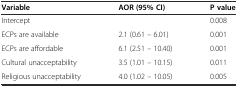
| Variable | AOR (95% CI) | P value |
 | --- | --- | --- |
 | Intercept |  | 0.008 |
 | ECPs are available | 2.1 (0.61 – 6.01) | 0.001 |
 | ECPs are affordable | 6.1 (2.51 – 10.40) | 0.001 |
 | Cultural unacceptability | 3.5 (1.01 – 10.15) | 0.011 |
 | Religious unacceptability | 4.0 (1.02 – 10.05) | 0.005 |